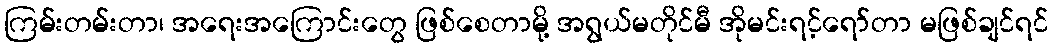
ကြမ်းတမ်းတာ၊ အရေးအကြောင်းတွေ ဖြစ်စေတာမို့ အရွယ်မတိုင်မီ အိုမင်းရင့်ရော်တာ မဖြစ်ချင်ရင်